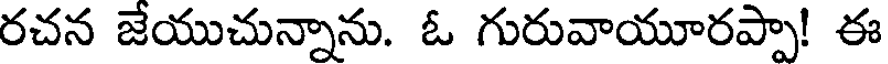
రచన జేయుచున్నాను. ఓ గురువాయూరప్పా! ఈ